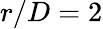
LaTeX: r/D=2